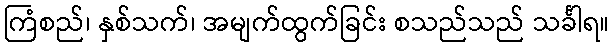
ကြံစည်၊ နှစ်သက်၊ အမျက်ထွက်ခြင်း စသည်သည် သင်္ခါရ။